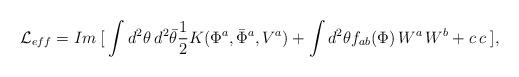
LaTeX: \begin{align*}{\cal L} _{eff}=Im \:[\: \int d^{2} \theta \: d^{2} \bar{\theta} \frac {1}{2}K(\Phi ^{a}, \bar{\Phi}^{a}, V^{a}) + \int d^{2} \theta f_{ab}(\Phi)\, W^{a} \,W^{b}+ c \: c\:],\end{align*}